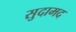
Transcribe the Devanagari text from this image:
सुदामद